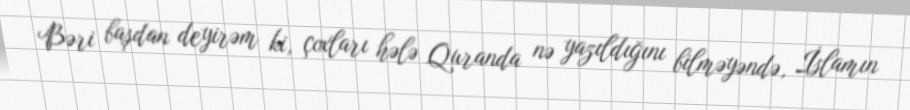
Bəri başdan deyirəm ki, çoxları hələ Quranda nə yazıldığını bilməyəndə, İslamın